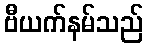
ဗီယက်နမ်သည်